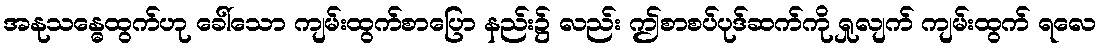
အနုသန္ဓေထွက်ဟု ခေါ်သော ကျမ်းထွက်စာပြော နည်း၌ လည်း ဤစာစပ်ပုဒ်ဆက်ကို ရှုလျက် ကျမ်းထွက် ရလေ